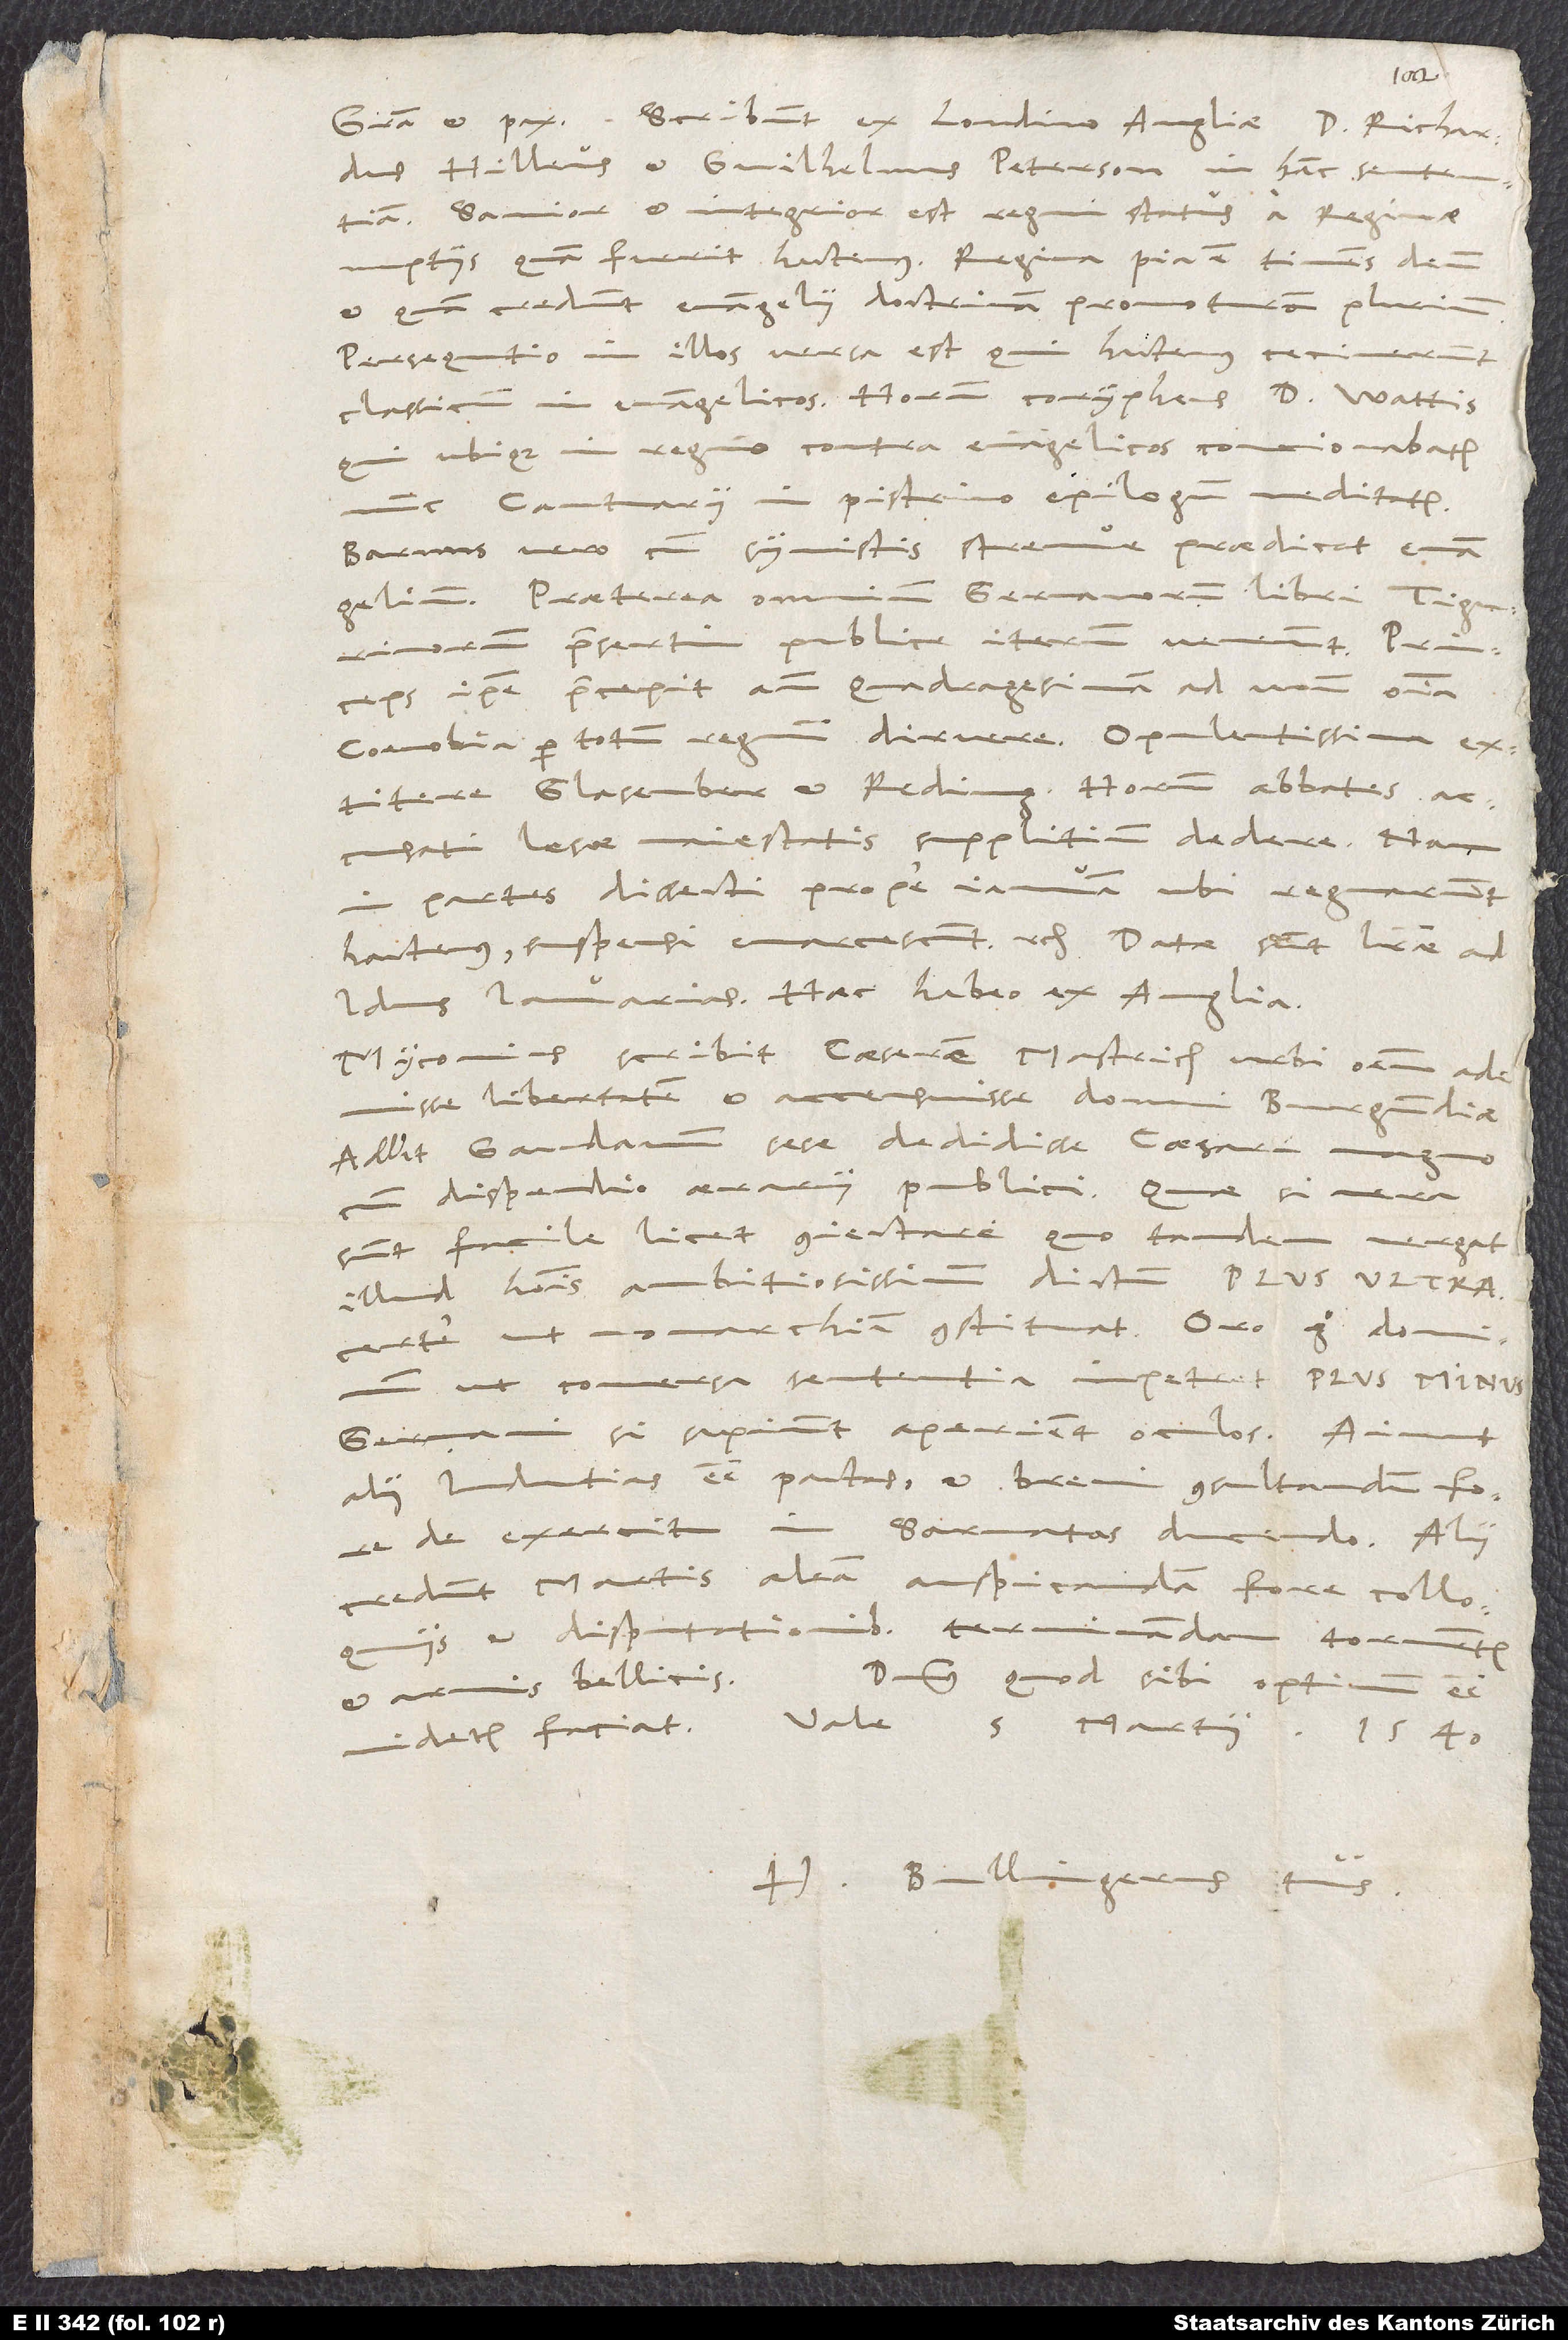
Gratia et pax. Scribunt ex Londino Angliae D. Richardus
Hilleus et Guilhelmus Peterson in hanc sententiam:
«Sanior et integrior est regni status a reginae
nuptiis, quam fuerit hactenus. Regina pia est, timens deum
et quam credunt evangelii doctrinam promoturam plurimum.
Persecutio in illos versa est, qui hactenus cecinerunt
classicum in evangelicos. Horum coryphaeus D. Wallis,
qui ubique in regno contra evangelicos contionabatur,
nunc Cantuarii in pistrino epilogum meditatur.
Barnus vero cum symmystis strenue praedicat evangelium.
Praeterea omnium Germanorum libri, Tigurinorum
praesertim, publice iterum veneunt. Princeps
ipse praecepit ante quadragesimam ad unum omnia
coenobia per totum regnum diruere. Opulentissima
exstitere Glasenber et Reding. Horum abbates
accusati lesae Maiestatis supplicium dedere; nam
in partes dissecti prope ianuam, ubi regnarunt
hactenus, suspensi emarcescunt etc. Datae sunt literae ad
Idus Ianuarias.» Haec habeo ex Anglia.
Myconius scribit, Caesarem Mastrich urbi omnem ademisse
libertatem et accensuisse domui Burgundiae.
Addit, Gandavum sese dedidisse Caesari magno
cum dispendio aerarii publici. Quae si vera
sunt, facile licet coniectare, quo tandem vergat
illud hominis ambitiosissimum dictum PLVS
certe ut monarchiam constituat. Oro ergo dominum,
ut conversa sententia impetret
Germani si sapiunt, aperient oculos. Aiunt
alii, indutias esse pactas et brevi consultandum fore
de exercitu in Sarmatas ducendo. Alii
credunt, Martis aleam auspicandam fore colloquiis
et disputationibus, terminandam tormentis
et armis bellicis. Dominus, quod sibi optimum esse
videtur, faciat. Vale. 5. Martii 1540.
Bullingerus tuus.